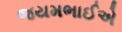
જયમભાઈએ